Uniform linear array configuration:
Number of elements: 4
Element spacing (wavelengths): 1
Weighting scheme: exponential
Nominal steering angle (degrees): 60
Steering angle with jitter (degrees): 59.744
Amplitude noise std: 0.05
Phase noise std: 0.05

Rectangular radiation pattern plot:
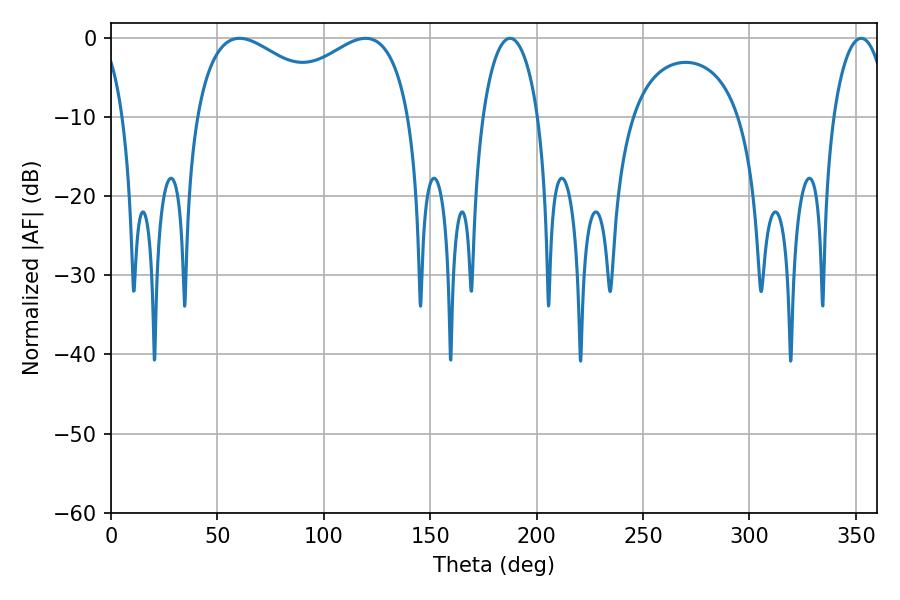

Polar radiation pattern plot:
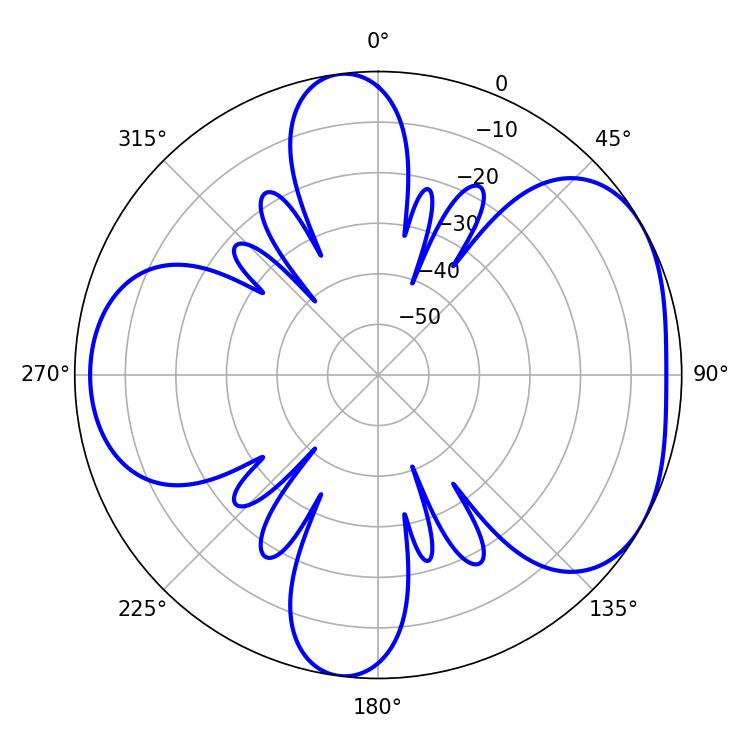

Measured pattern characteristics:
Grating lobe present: TRUE
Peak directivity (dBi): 4.698
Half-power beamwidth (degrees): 39.96
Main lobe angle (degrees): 60.48